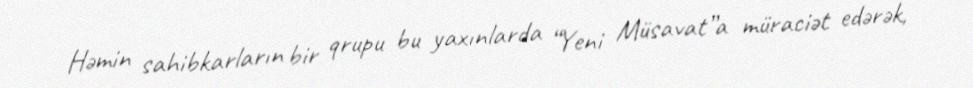
Həmin sahibkarların bir qrupu bu yaxınlarda “Yeni Müsavat”a müraciət edərək,